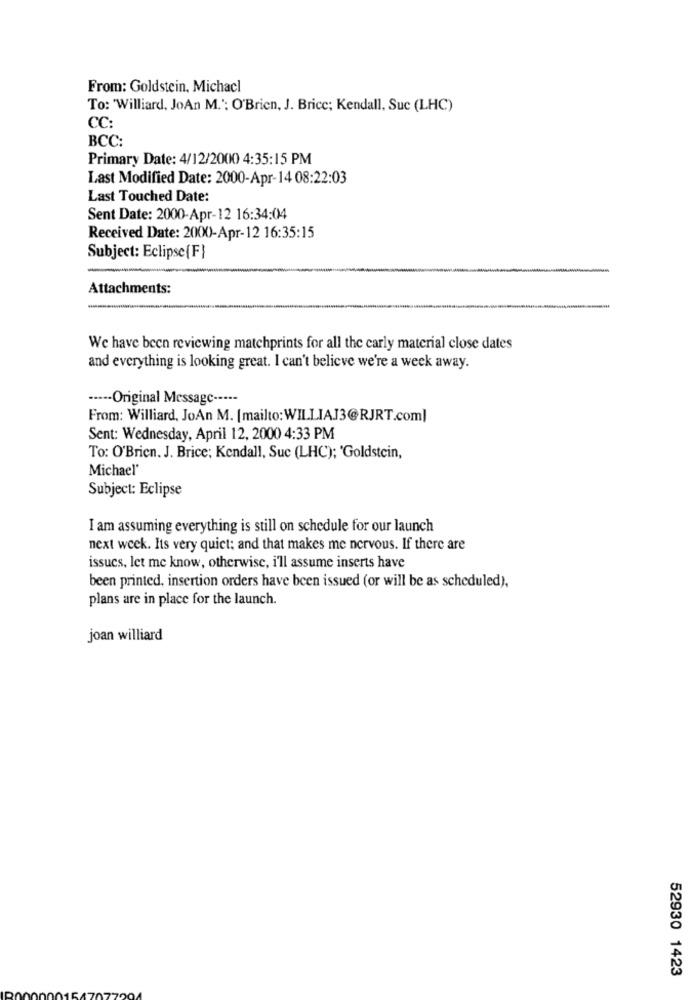
From: Goldstein, Michacl
To: 'Williard, JoAn M."; O'Brien, J. Brice; Kendall, Suc (LHC)
CC:
BCC:
Primary Date: 4/12/2000 4:35:15 PM
Last Modified Date: 2000-Apr-14 08:22:03
Last Touched Date:
Sent Date: 2000-Apr-12 16:34:04
Received Date: 2000-Apr-12 16:35:15
Subject: Eclipse(F}
Attachments:
We have been reviewing matchprints for all the carly material close dates
and everything is looking great. I can't believe we're a week away.
··--- Original Message -----
From: Williard, JoAn M. [mailto:WILLIAJ3@RJRT.com]
Sent: Wednesday, April 12, 2000 4:33 PM
To: O'Brien. J. Brice; Kendall, Suc (LHC); 'Goldstein,
Michael'
Subject: Eclipse
I am assuming everything is still on schedule for our launch
next week. Its very quiet: and that makes me nervous. If there are
issucs, let me know, otherwise, i'll assume inserts have
been printed, insertion orders have been issued (or will be as scheduled),
plans are in place for the launch.
joan williard
52930 1423